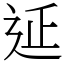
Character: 𨒂